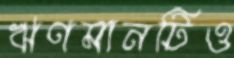
ঋণমানটিও